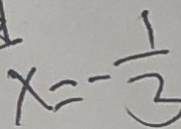
x = - \frac { 1 } { 3 }